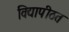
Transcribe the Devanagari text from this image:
विद्यापीठत